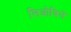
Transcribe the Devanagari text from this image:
लिओविले